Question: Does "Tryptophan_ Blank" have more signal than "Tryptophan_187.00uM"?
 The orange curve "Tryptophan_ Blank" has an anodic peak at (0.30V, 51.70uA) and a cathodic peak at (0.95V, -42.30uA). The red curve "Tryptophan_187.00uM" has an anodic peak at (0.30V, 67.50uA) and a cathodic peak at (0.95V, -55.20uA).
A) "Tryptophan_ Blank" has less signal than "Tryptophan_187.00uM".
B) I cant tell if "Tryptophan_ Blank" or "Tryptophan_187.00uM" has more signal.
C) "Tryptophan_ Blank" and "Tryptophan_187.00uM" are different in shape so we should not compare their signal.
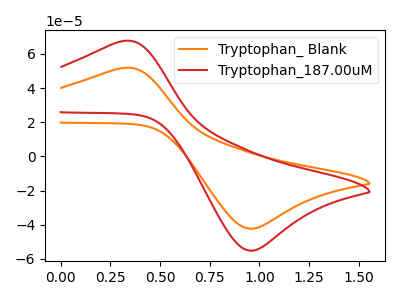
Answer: <think>All the peaks in "Tryptophan_ Blank" have a peak in "Tryptophan_187.00uM" at the same potential. Every peak in "Tryptophan_ Blank" is lower than every peak in "Tryptophan_187.00uM".
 </think>
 <answer>A) "Tryptophan_ Blank" has less signal than "Tryptophan_187.00uM".</answer>
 <eval>A</eval>